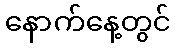
နောက်နေ့တွင်